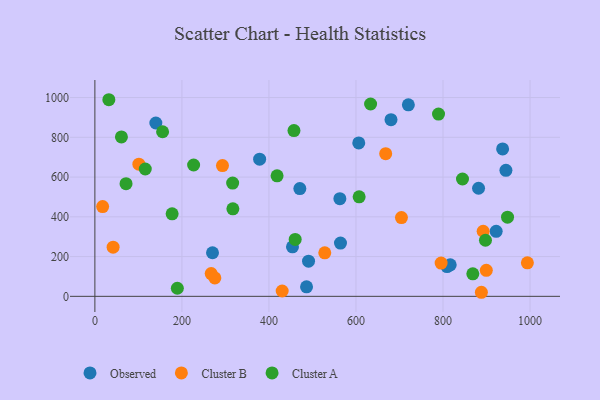
{"axis": {"x": "Engine Size", "y": "Fuel Efficiency"}, "legend": ["Cluster A", "Cluster B", "Observed"], "data": [{"x": "680.5", "y": 888.5, "type": "Observed"}, {"x": "564.4", "y": 267.8, "type": "Observed"}, {"x": "606.4", "y": 771.6, "type": "Observed"}, {"x": "140.1", "y": 872.1, "type": "Observed"}, {"x": "816.6", "y": 158.7, "type": "Observed"}, {"x": "378.6", "y": 689.8, "type": "Observed"}, {"x": "720.4", "y": 963.6, "type": "Observed"}, {"x": "944.6", "y": 633.8, "type": "Observed"}, {"x": "881.7", "y": 543.7, "type": "Observed"}, {"x": "454.1", "y": 249.3, "type": "Observed"}, {"x": "270.3", "y": 219.2, "type": "Observed"}, {"x": "937.0", "y": 741.8, "type": "Observed"}, {"x": "471.0", "y": 542.0, "type": "Observed"}, {"x": "563.0", "y": 491.3, "type": "Observed"}, {"x": "809.4", "y": 149.9, "type": "Observed"}, {"x": "491.0", "y": 176.8, "type": "Observed"}, {"x": "486.4", "y": 47.9, "type": "Observed"}, {"x": "922.2", "y": 327.1, "type": "Observed"}, {"x": "267.3", "y": 114.5, "type": "Cluster B"}, {"x": "17.8", "y": 451.5, "type": "Cluster B"}, {"x": "41.9", "y": 247.5, "type": "Cluster B"}, {"x": "101.1", "y": 664.8, "type": "Cluster B"}, {"x": "888.2", "y": 20.4, "type": "Cluster B"}, {"x": "899.5", "y": 130.9, "type": "Cluster B"}, {"x": "795.7", "y": 167.3, "type": "Cluster B"}, {"x": "275.7", "y": 92.8, "type": "Cluster B"}, {"x": "892.3", "y": 327.3, "type": "Cluster B"}, {"x": "293.2", "y": 657.9, "type": "Cluster B"}, {"x": "668.3", "y": 717.7, "type": "Cluster B"}, {"x": "704.5", "y": 396.3, "type": "Cluster B"}, {"x": "993.9", "y": 168.7, "type": "Cluster B"}, {"x": "528.3", "y": 219.0, "type": "Cluster B"}, {"x": "430.4", "y": 26.8, "type": "Cluster B"}, {"x": "61.0", "y": 801.9, "type": "Cluster A"}, {"x": "32.1", "y": 989.1, "type": "Cluster A"}, {"x": "457.5", "y": 834.0, "type": "Cluster A"}, {"x": "317.1", "y": 440.3, "type": "Cluster A"}, {"x": "607.3", "y": 500.7, "type": "Cluster A"}, {"x": "115.8", "y": 640.5, "type": "Cluster A"}, {"x": "155.6", "y": 827.9, "type": "Cluster A"}, {"x": "868.5", "y": 113.1, "type": "Cluster A"}, {"x": "897.6", "y": 282.1, "type": "Cluster A"}, {"x": "460.3", "y": 286.3, "type": "Cluster A"}, {"x": "844.8", "y": 590.4, "type": "Cluster A"}, {"x": "226.9", "y": 660.8, "type": "Cluster A"}, {"x": "633.6", "y": 967.6, "type": "Cluster A"}, {"x": "189.5", "y": 40.7, "type": "Cluster A"}, {"x": "316.6", "y": 570.0, "type": "Cluster A"}, {"x": "948.3", "y": 398.2, "type": "Cluster A"}, {"x": "418.7", "y": 606.2, "type": "Cluster A"}, {"x": "71.6", "y": 566.9, "type": "Cluster A"}, {"x": "789.7", "y": 917.1, "type": "Cluster A"}, {"x": "177.5", "y": 415.0, "type": "Cluster A"}]}